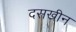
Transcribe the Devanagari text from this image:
दसखीन